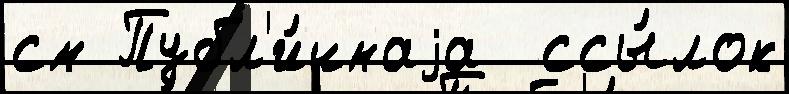
см Публ'и́чнаjа  ссы́лок